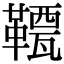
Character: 𩌯